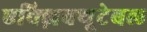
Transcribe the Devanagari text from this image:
एक्ज़िक्यूटेबल